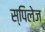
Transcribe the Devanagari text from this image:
स्पिलेज